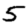
Digit: 5